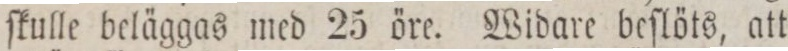
ſkulle beläggas med 25 öre. Widare beſlöts, att